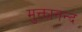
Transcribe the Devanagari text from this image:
मुक्तानन्द